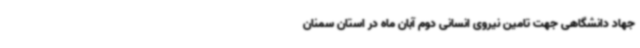
جهاد دانشگاهی جهت تامین نیروی انسانی دوم آبان ماه در استان سمنان